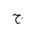
Letter: _gim